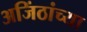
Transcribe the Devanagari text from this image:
अजिंठांच्या